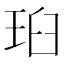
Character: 𭹉